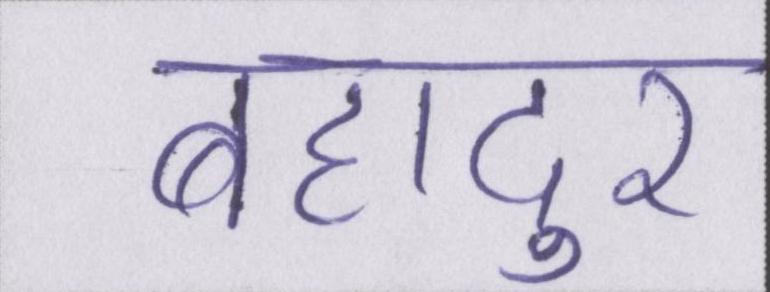
बहादुर